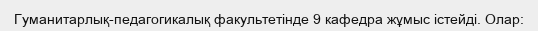
Гуманитарлық-педагогикалық факультетінде 9 кафедра жұмыс істейді. Олар: